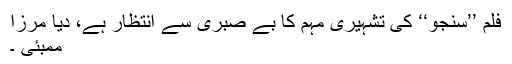
فلم ’’سنجو‘‘ کی تشہیری مہم کا بے صبری سے انتظار ہے، دیا مرزا
ممبئی ۔